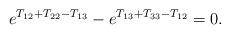
LaTeX: \begin{align*}e^{T_{12} + T_{22}-T_{13}} - e^{T_{13} + T_{33} - T_{12}} = 0.\end{align*}